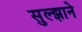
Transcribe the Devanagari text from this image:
सुल्झाने